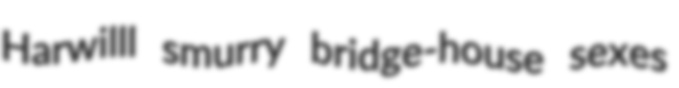
Harwilll smurry bridge-house sexes